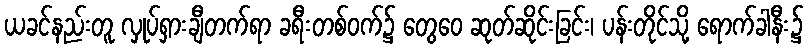
ယခင်နည်းတူ လှုပ်ရှားချီတက်ရာ ခရီးတစ်ဝက်၌ တွေဝေ ဆုတ်ဆိုင်းခြင်း၊ ပန်းတိုင်သို့ ရောက်ခါနီး၌